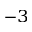
^ { - 3 }